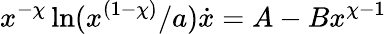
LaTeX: x^{-\chi}\ln(x^{(1-\chi)}/a)\dot{x}=A-Bx^{\chi-1}